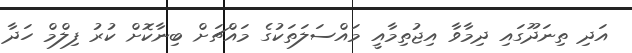
އަދި ތިނަދޫގައި ދިމާވާ އިޖުތިމާއީ މައްސަލަތަކުގެ މައްޗަށް ބިނާކޮށް ކުރު ފިލްމް ހަދާ